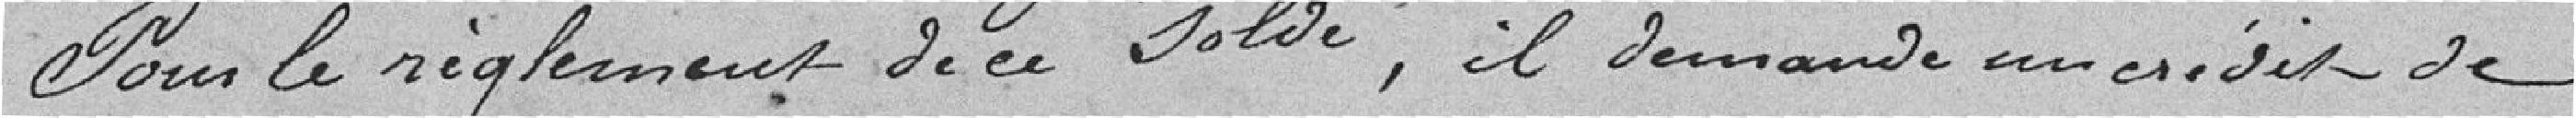
Pour le règlement de ce solde, il demande un crédit de